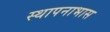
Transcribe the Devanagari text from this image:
स्थापनाभास